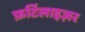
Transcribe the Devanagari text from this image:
फ़र्टिलाइज़र